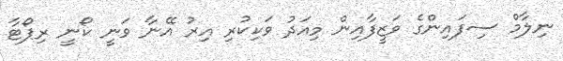
ނިލާމް ސިފައިންގެ ވަޒީފާއިން މިއަދު ވަކިކުރި އިރު އޭނާ ވަނީ ކޯނީ ރިޕޯޓާ